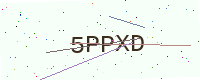
Text: 5PPXD